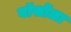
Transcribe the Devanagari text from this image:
वॉर्सोला